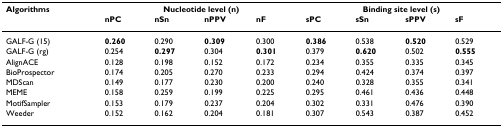
<table><thead><tr><td><b>Algorithms</b></td><td colspan="4"><b>Nucleotide level (n)</b></td><td colspan="4"><b>Binding site level (s)</b></td></tr><tr><td></td><td><b>nPC</b></td><td><b>nSn</b></td><td><b>nPPV</b></td><td><b>nF</b></td><td><b>sPC</b></td><td><b>sSn</b></td><td><b>sPPV</b></td><td><b>sF</b></td></tr></thead><tbody><tr><td>GALF-G (15)</td><td><b>0.260</b></td><td>0.290</td><td><b>0.309</b></td><td>0.300</td><td><b>0.386</b></td><td>0.538</td><td><b>0.520</b></td><td>0.529</td></tr><tr><td>GALF-G (rg)</td><td>0.254</td><td><b>0.297</b></td><td>0.304</td><td><b>0.301</b></td><td>0.379</td><td><b>0.620</b></td><td>0.502</td><td><b>0.555</b></td></tr><tr><td>AlignACE</td><td>0.128</td><td>0.198</td><td>0.152</td><td>0.172</td><td>0.234</td><td>0.355</td><td>0.335</td><td>0.345</td></tr><tr><td>BioProspector</td><td>0.174</td><td>0.205</td><td>0.270</td><td>0.233</td><td>0.294</td><td>0.424</td><td>0.374</td><td>0.397</td></tr><tr><td>MDScan</td><td>0.149</td><td>0.177</td><td>0.230</td><td>0.200</td><td>0.240</td><td>0.328</td><td>0.355</td><td>0.341</td></tr><tr><td>MEME</td><td>0.158</td><td>0.259</td><td>0.199</td><td>0.225</td><td>0.295</td><td>0.461</td><td>0.436</td><td>0.448</td></tr><tr><td>MotifSampler</td><td>0.153</td><td>0.179</td><td>0.237</td><td>0.204</td><td>0.302</td><td>0.331</td><td>0.476</td><td>0.390</td></tr><tr><td>Weeder</td><td>0.152</td><td>0.162</td><td>0.204</td><td>0.181</td><td>0.307</td><td>0.543</td><td>0.387</td><td>0.452</td></tr></tbody></table>